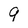
Character: 9